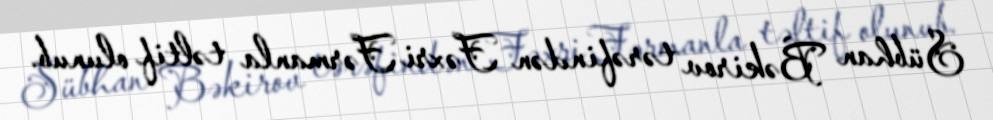
Sübhan Bəkirov tərəfindən Fəxri Fərmanla təltif olunub.